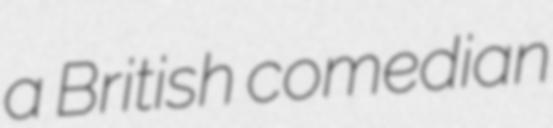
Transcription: a British comedian